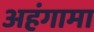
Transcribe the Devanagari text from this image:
अहंगामा